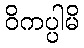
ဝိကပ္ပါမိ